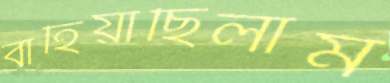
বাহিয়াছিলাম